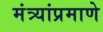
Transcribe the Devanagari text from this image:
मंत्र्यांप्रमाणे